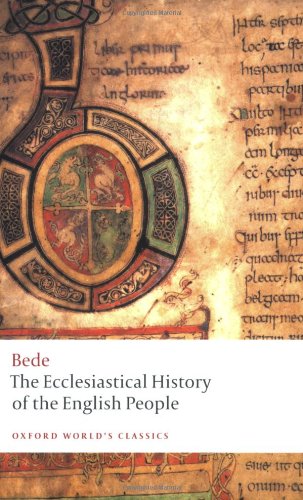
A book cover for The Ecclesiastical History of the English People; The Greater Chronicle; Bede's Letter to Egbert (Oxford World's Classics); Bede; Literature & Fiction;